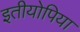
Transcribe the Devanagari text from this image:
इतीयोपिया